Scientific memoirs by medical officers of the Army of India - Part VII,
Year: 1892
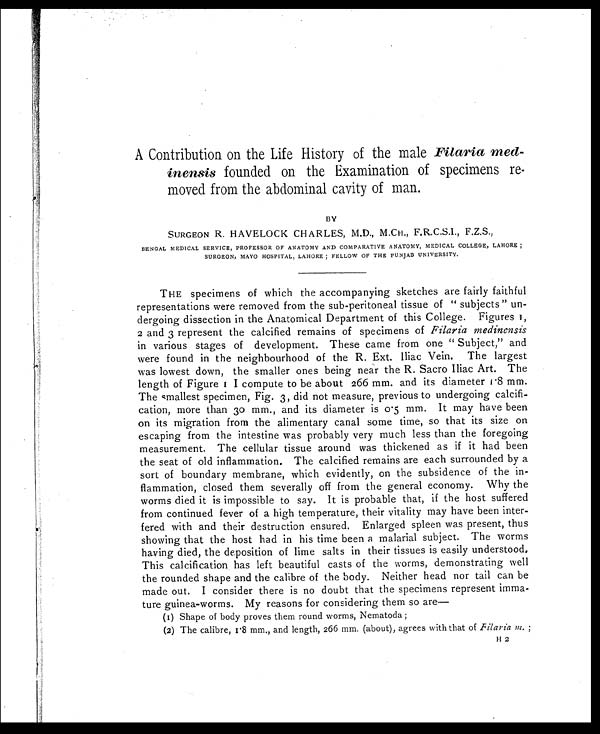
A Contribution on the Life History of the male Filaria me
d - i n e n s i s
founded on the Examination of specimens re-
moved from the abdominal cavity of man.
BY
SURGEON R. HAVELOCK CHARLES, M.D., M.CH., F.Z.S.,
BENGAL MEDICAL SERVICE, PROFESSOR OF ANATOMY AND COMPARATIVE ANATOMY, MEDICAL COLLEGE, LAHORE ;
SURGEON, MAYO HOSPITAL, LAHORE ; FELLOW OF THE PUNJAB UNIVERSITY.
THE specimens of which the accompanying sketches are fairly faithful
representations were removed from the sub-peritoneal tissue of " subjects" un-
dergoing dissection in the Anatomical Department of this College. Figures 1,
2 and 3 represent the calcified remains of specimens of Filaria medinensis
in various stages of development. These came from one " Subject," and
were found in the neighbourhood of the R. Ext. Iliac Vein. The largest
was lowest down, the smaller ones being near the R. Sacro Iliac Art. The
l e ngt h of Fi gur e 1 I c omput e t o be a bout 266 mm. a nd i t s di a me t e r 1. 8 mm.
The smallest specimen, Fig. 3, did not measure, previous to undergoing calcifi-
cation, more than 30 mm., and its diameter is 0.5 mm. It may have been
on its migration from the alimentary canal some time, so that its size on
escaping from the intestine was probably very much less than the foregoing
measurement. The cellular tissue around was thickened as if it had been
the seat of old inflammation. The calcified remains are each surrounded by a
sort of boundary membrane, which evidently, on the subsidence of the in-
flammation, closed them severally off from the general economy. Why the
worms died it is impossible to say. It is probable that, if the host suffered
from continued fever of a high temperature, their vitality may have been inter-
fered with and their destruction ensured. Enlarged spleen was present, thus
showing that the host had in his time been a malarial subject. The worms
having died, the deposition of lime salts in their tissues is easily understood.
This calcification has left beautiful casts of the worms, demonstrating well
the rounded shape and the calibre of the body. Neither head nor tail can be
made out. I consider there is no doubt that the specimens represent imma-
ture guinea-worms. My reasons for considering them so are
(1) Shape of body proves them round worms, Nematoda ;
(2) The calibre, 1.8 mm., and length, 266 mm, (about), agrees with that of Filaria m. ;
H 2